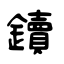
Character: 鑟